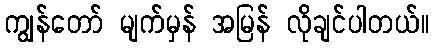
ကျွန်တော် မျက်မှန် အမြန် လိုချင်ပါတယ်။